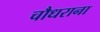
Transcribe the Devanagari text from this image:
चौधराना